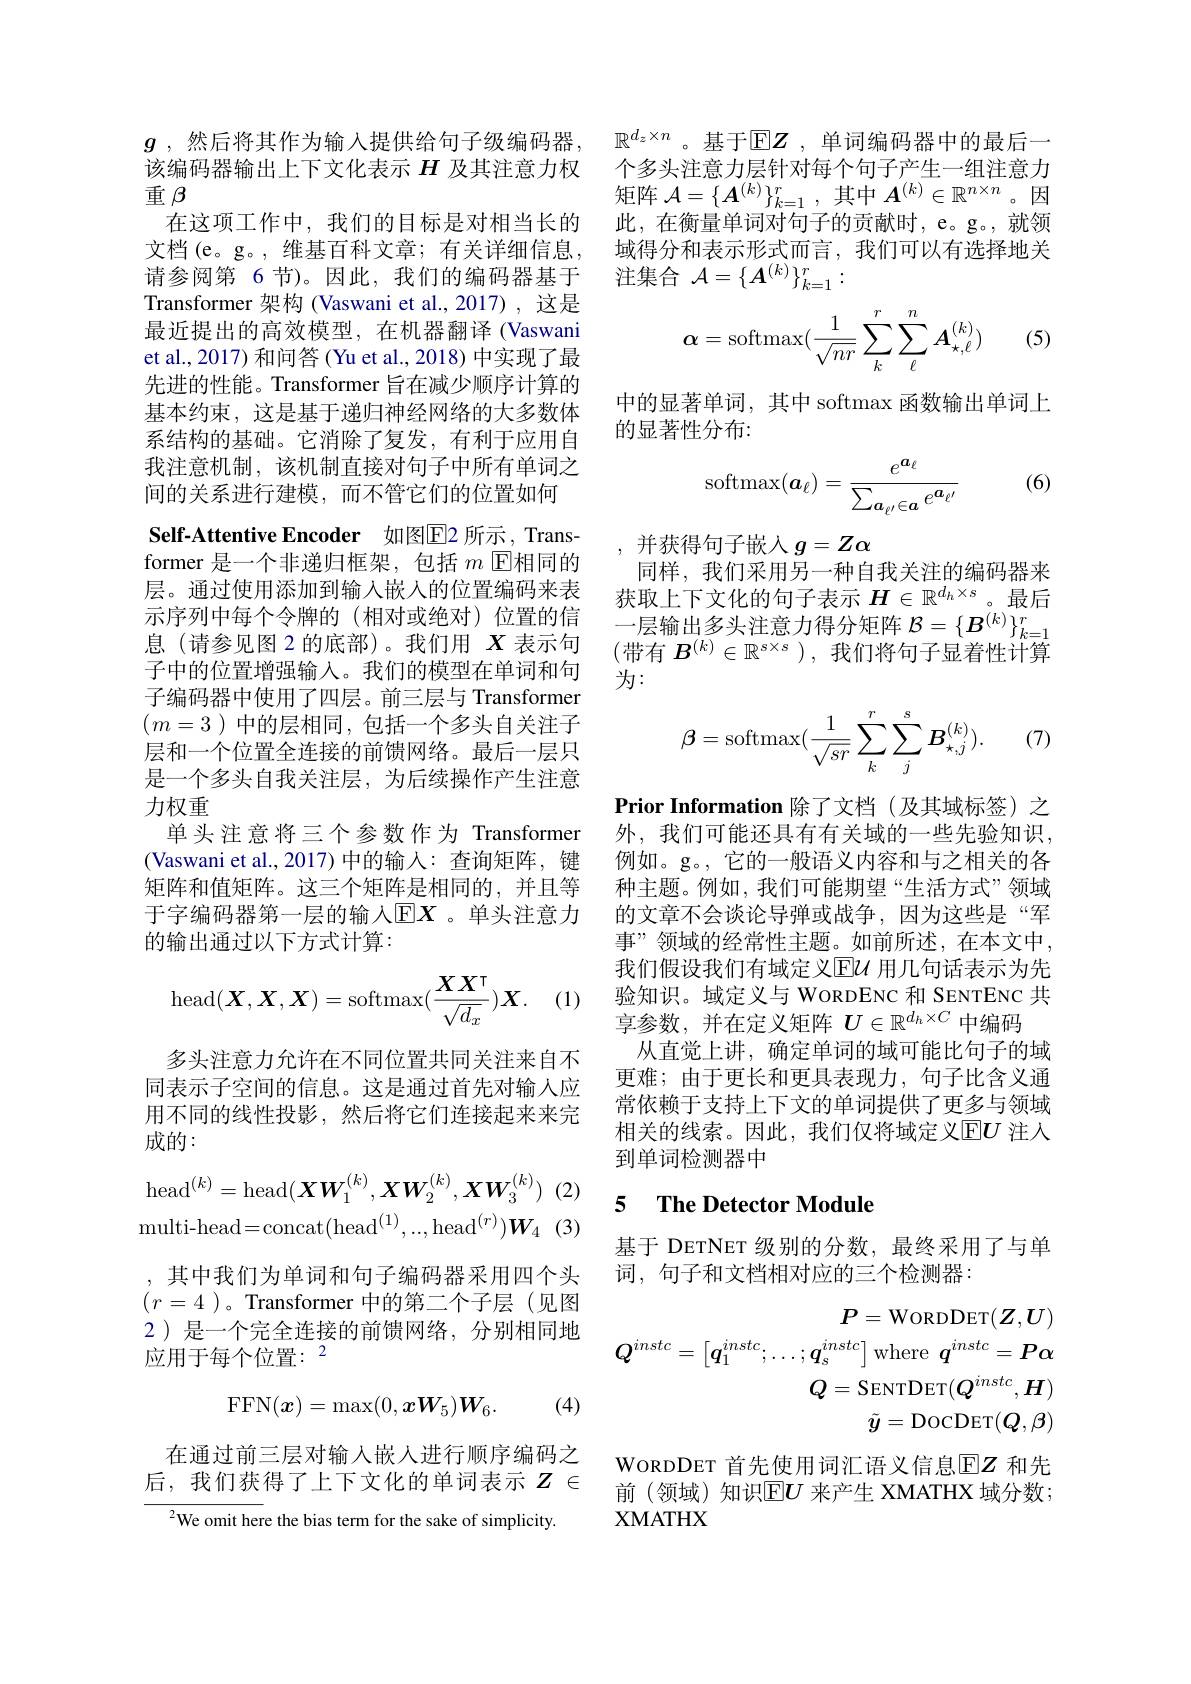
$g$ ,然后将其作为输入提供给句子级编码器， 该编码器输出上下文化表示$H$及其注意力权重$\beta$
在这项工作中，我们的目标是对相当长的文档(e。g。,维基百科文章；有关详细信息， 请参阅第 6 节)。因此，我们的编码器基于Transformer 架构 (Vaswani et al.,2017) ,这是最近提出的高效模型，在机器翻译 (Vaswani et al., 2017) 和问答 (Yu et al., 2018) 中实现了最先进的性能。Transformer 旨在减少顺序计算的基本约束，这是基于递归神经网络的大多数体系结构的基础。它消除了复发，有利于应用自我注意机制，该机制直接对句子中所有单词之间的关系进行建模，而不管它们的位置如何
Self-Attentive Encoder 如图E2 所示 , Transformer 是一个非递归框架，包括$m$ E相同的层。通过使用添加到输入嵌人的位置编码来表示序列中每个令牌的(相对或绝对)位置的信息(请参见图 2 的底部)。我们用$X$表示句子中的位置增强输入。我们的模型在单词和句子编码器中使用了四层。前三层与 Transformer $(m=3)$中的层相同，包括一个多头自关注子层和一个位置全连接的前馈网络。最后一层只是一个多头自我关注层，为后续操作产生注意力权重
单头注意将三个参数作为 Transformer (Vaswani et al.,2017)中的输入：查询矩阵，键(Vaswani et al.,2017)中的输入：查询矩阵，键(Vaswani et al.,2017)中的输入：查询矩阵，键矩阵和值矩阵。这三个矩阵是相同的，并且等于字编码器第一层的输入[E]X。单头注意力的输出通过以下方式计算：
$$\operatorname{head}(\boldsymbol X,\boldsymbol X,\boldsymbol X)=\operatorname{softmax}(\frac{\boldsymbol X\boldsymbol X^\intercal}{\sqrt{d_x}})\boldsymbol X.$$
(1)

多头注意力允许在不同位置共同关注来自不同表示子空间的信息。这是通过首先对输人应用不同的线性投影，然后将它们连接起来来完成的：
$$\mathrm{head}^{(k)}=\mathrm{head}(\boldsymbol{X}\boldsymbol{W}_{1}^{(k)},\boldsymbol{X}\boldsymbol{W}_{2}^{(k)},\boldsymbol{X}\boldsymbol{W}_{3}^{(k)})\\\mathrm{multi-head=concat(head^{(1)},..,head^{(r)})}\boldsymbol{W}_{4}$$
应用于每个位置：$^2$

,其中我们为单词和句子编码器采用四个头$(r=4)$。Transformer 中的第二个子层(见图2 )是一个完全连接的前馈网络，分别相同地
$$\mathrm{FFN}(\boldsymbol{x})=\max(0,\boldsymbol{xW}_5)\boldsymbol{W}_6.$$
(4)

在通过前三层对输入嵌人进行顺序编码之后，我们获得了上下文化的单词表示$Z\in$

$^{2}$We omit here the bias term for the sake of simplicity.

$\mathbb{R}^{d_z\times n}$。基于$\mathbb{E}\boldsymbol{Z}$ ,单词编码器中的最后一个多头注意力层针对每个句子产生一组注意力矩阵$\mathcal{A}=\{\boldsymbol{A}^{(k)}\}_{k=1}^r$,其中$\boldsymbol{A}^(k)\in\mathbb{R}^n\times n$ 。因此，在衡量单词对句子的贡献时，e。g。,就领域得分和表示形式而言，我们可以有选择地关注集合$\mathcal{A}=\{\boldsymbol{A}^{(k)}\}_{k=1}^r:$

(5)
$$\alpha=\operatorname{softmax}(\frac{1}{\sqrt{nr}}\sum\limits_{k}^{r}\sum\limits_{\ell}^{n}A_{\star,\ell}^{(k)})$$
中的显著单词，其中 softmax 函数输出单词上
的显著性分布：

(6)
$$\mathrm{softmax}(\boldsymbol{a}_\ell)=\frac{e^{\boldsymbol{a}_\ell}}{\sum_{\boldsymbol{a}_{\ell'}\in\boldsymbol{a}}e^{\boldsymbol{a}_{\ell'}}}$$
并获得句子嵌入$g=Z\alpha$
同样，我们采用另一种自我关注的编码器来获取上下文化的句子表示$H\in\mathbb{R}^{d_h\times s}$。最后一层输出多头注意力得分矩阵$\mathcal{B}=\{\boldsymbol{B}^{(k)}\}_{k=1}^r$ (带有 $B^(k)\in\mathbb{R}^{s\times s})$, 我们将句子显着性计算为：

(7)
$$\boldsymbol{\beta}=\mathrm{softmax}(\frac{1}{\sqrt{sr}}\sum_{k}^{r}\sum_{j}^{s}\boldsymbol{B}_{\star,j}^{(k)}).$$
Prior Information 除了文档(及其域标签)之外，我们可能还具有有关域的一些先验知识， 例如。g。,它的一般语义内容和与之相关的各种主题。例如，我们可能期望“生活方式”领域的文章不会谈论导弹或战争，因为这些是“军事”领域的经常性主题。如前所述，在本文中， 我们假设我们有域定义$\overline {\mathrm{E} }\mathcal{U}$ 用几句话表示为先验知识。域定义与 WoRDENC 和 SENTENC 共享参数，并在定义矩阵$U\in\mathbb{R}^d_h\times C$中编码
从直觉上讲，确定单词的域可能比句子的域更难；由于更长和更具表现力，句子比含义通常依赖于支持上下文的单词提供了更多与领域相关的线索。因此，我们仅将域定义$\operatorname{E}\boldsymbol{U}$ 注人到单词检测器中

## 5 The Detector Module

基于 DETNET 级别的分数，最终采用了与单
词，句子和文档相对应的三个检测器：
$$P=\mathrm{WORDDET}(Z,U)$$
$Q^{instc}=\begin{bmatrix}\boldsymbol{q}_1^{instc};\ldots;\boldsymbol{q}_s^{instc}\end{bmatrix}$where $\boldsymbol q^instc=\boldsymbol{P}\alpha$
$$\begin{aligned}\boldsymbol{I}_{s}\\\boldsymbol{Q}&=\mathrm{SENTDET}(\boldsymbol{Q}^{instc},\boldsymbol{H})\\\tilde{\boldsymbol{y}}&=\mathrm{DocDET}(\boldsymbol{Q},\boldsymbol{\beta})\end{aligned}$$
WORDDET 首先使用词汇语义信息$\overline{\mathrm{E}}Z$ 和先前(领域)知识$\mathbb{E}U$ 来产生 XMATHX 域分数； XMATHX